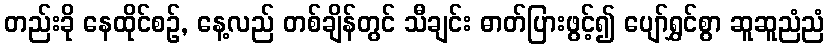
တည်းခို နေထိုင်စဉ်, နေ့လည် တစ်ချိန်တွင် သီချင်း ဓာတ်ပြားဖွင့်၍ ပျော်ရွှင်စွာ ဆူဆူညံညံ